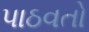
પાઠવતો